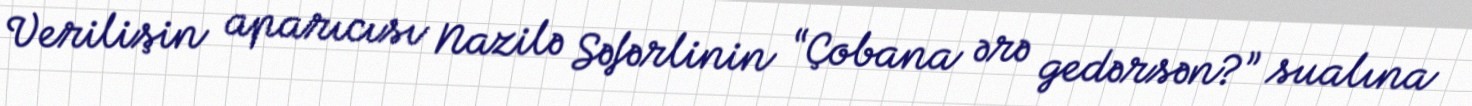
Verilişin aparıcısı Nazilə Səfərlinin “Çobana ərə gedərsən?” sualına